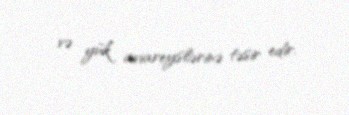
və yük aviareyslərinə təsir edir.